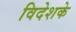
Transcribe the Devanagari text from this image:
विदेशके